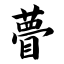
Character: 瞢